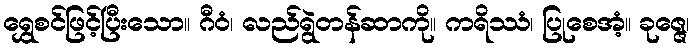
ရွှေစင်ဖြင့်ပြီးသော။ ဂီဝံ၊ လည်ရွဲတန်ဆာကို။ ကရိဿံ၊ ပြုစေအံ့။ ခုဇ္ဇေ၊